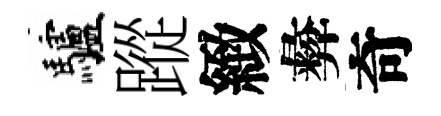
驢蹤緻彜奇